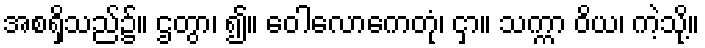
အစရှိသည်၌။ ဌတွာ၊ ၍။ ဝေါလောကေတုံ၊ ငှာ။ သက္ကာ ဝိယ၊ ကဲ့သို့။